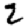
Digit: 2